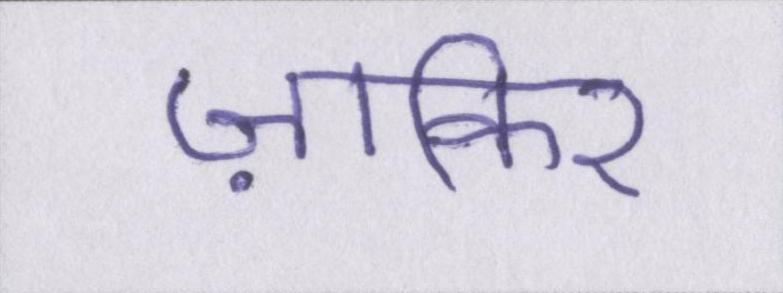
ज़ाकिर